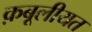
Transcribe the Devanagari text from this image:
क़बूलीयत